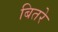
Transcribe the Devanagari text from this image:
बितरे